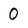
Character: O